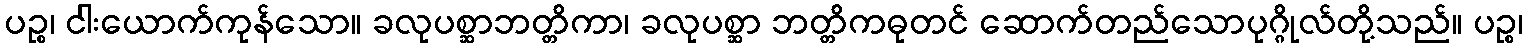
ပဉ္စ၊ ငါးယောက်ကုန်သော။ ခလုပစ္ဆာဘတ္တိကာ၊ ခလုပစ္ဆာ ဘတ္တိကဓုတင် ဆောက်တည်သောပုဂ္ဂိုလ်တို့သည်။ ပဉ္စ၊